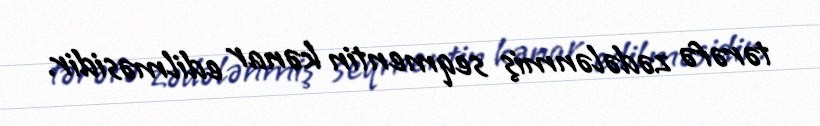
tərəfə zədələnmiş seqmentin kənar edilməsidir.